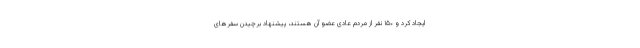
ایجاد کرد و ۱۵۰ نفر از مردم عادی عضو آن هستند، پیشنهاد برچیدن سفرهای